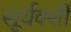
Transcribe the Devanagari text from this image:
सूर्यवशीं